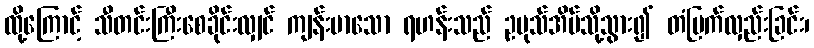
ထို့ကြောင့် သီတင်းကြီးစေခိုင်းလျှင် ကျန်းမာသော ရဟန်းသည် ဥပုသ်အိမ်သို့သွား၍ တံမြက်လှည်းခြင်း၊